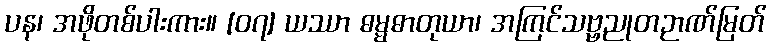
ပန၊ အဖိုတစ်ပါးကား။ [၀၇] ယဿာ ဓမ္မဓာတုယာ၊ အကြင်သဗ္ဗညုတဉာဏ်မြတ်